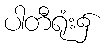
ပါတီရုံး၌